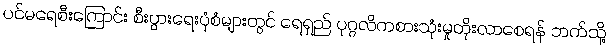
ပင်မရေစီးကြောင်း စီးပွားရေးပုံစံများတွင် ရေရှည် ပုဂ္ဂလိကစားသုံးမှုတိုးလာစေရန် ဘက်သို့